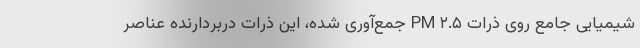
شیمیایی جامع روی ذرات PM ۲.۵ جمع‌آوری شده، این ذرات دربردارنده عناصر